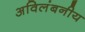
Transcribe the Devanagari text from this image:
अविलंबनीय